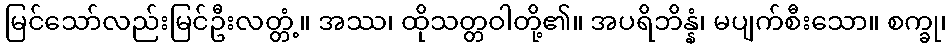
မြင်သော်လည်းမြင်ဦးလတ္တံ့။ အဿ၊ ထိုသတ္တဝါတို့၏။ အပရိဘိန္နံ၊ မပျက်စီးသော။ စက္ခု၊